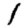
Digit: 1